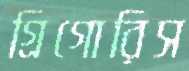
গ্রিগোরিস